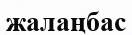
жалаңбас